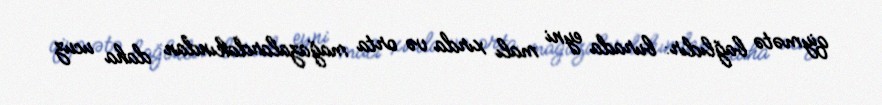
qiymətə bağlıdır: burada eyni malı xırda və orta mağazalardakından daha ucuz